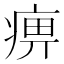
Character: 痹